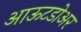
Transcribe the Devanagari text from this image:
आऊटडोअर